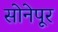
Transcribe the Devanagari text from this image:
सोनेपूर